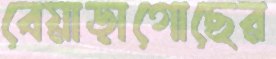
বেয়াড়াগোছের